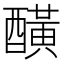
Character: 䤑